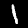
Digit: 1